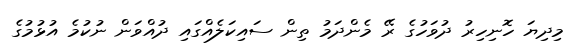
މިދިޔަ ހޮނިހިރު ދުވަހުގެ ރޭ މެންދަމު ތިން ސައިކަލެއްގައި ދުއްވަން ނުކުމެ އުޅުމުގެ